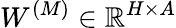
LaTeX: W^{(M)}\in\mathbb{R}^{H\times A}